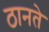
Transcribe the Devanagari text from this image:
ठानते